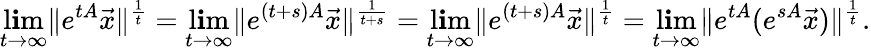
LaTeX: \operatorname*{l\mathbf{i}m}_{t\to\infty}\| e^{tA}\vec{{x}}\| ^{\frac{{1}}{{t}}}=\operatorname*{l\mathbf{i}m}_{t\to\infty}\| e^{(t+s)A}\vec{{x}}\| ^{\frac{{1}}{{t+s}}}=\operatorname*{l\mathbf{i}m}_{t\to\infty}\| e^{(t+s)A}\vec{{x}}\| ^{\frac{{1}}{{t}}}=\operatorname*{l\mathbf{i}m}_{t\to\infty}\| e^{tA}(e^{sA}\vec{{x}})\| ^{\frac{{1}}{{t}}}.